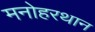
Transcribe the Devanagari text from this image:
मनोहरथान